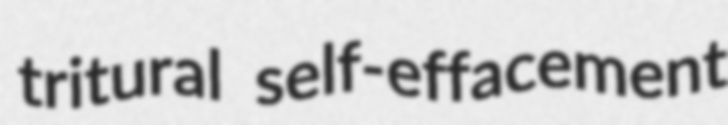
tritural self-effacement